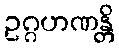
ဥဂ္ဂဟဏန္တိ